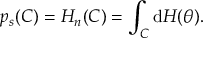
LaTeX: p _ { s } ( C ) = H _ { n } ( C ) = \int _ { C } \mathrm { d } H ( \theta ) .